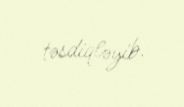
təsdiqləyib.